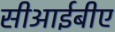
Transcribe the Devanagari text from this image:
सीआईबीए